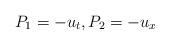
LaTeX: \begin{align*}P_1 = -u_t,P_2 = -u_x\end{align*}